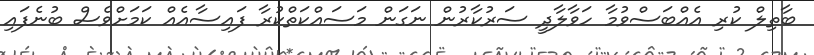
ބާތިލް ކުރި އެއްބަސްވުމާ ހަވާލާދީ ސަރުކާރުން ނަގަން މަސައްކަތްކުރާ ފައިސާއެއް ކަމަށްވެސް ބުނެފައި